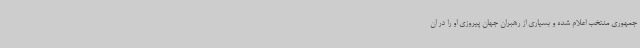
جمهوری منتخب اعلام شده و بسیاری از رهبران جهان پیروزی او را در ان